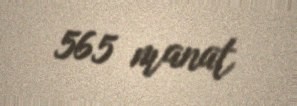
565 manat